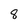
Character: 8